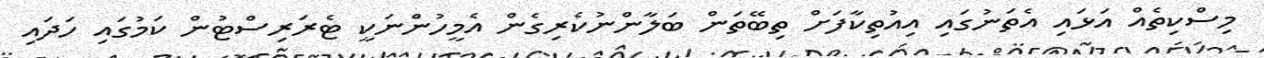
މިސްކިތެއް އަޅައި އެތަނުގައި އިއުތިކާފަށް ތިބޭތަން ބަލާންނުކެރިގެން އެމީހުންނަކީ ޓެރަރިސްޓުން ކަމުގައި ހަދައި